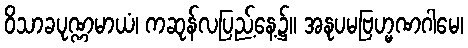
ဝိသာခပုဏ္ဏမာယံ၊ ကဆုန်လပြည့်နေ့၌။ အနုပမဗြဟ္မဏဂါမေ၊